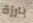
بارزة